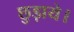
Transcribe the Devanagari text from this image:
छुड़ाये।